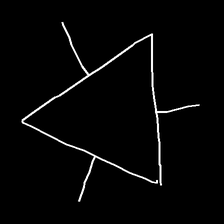
Glyph: fire